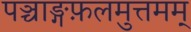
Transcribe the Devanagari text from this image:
पञ्चाङ्गफ़लमुत्तमम्